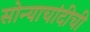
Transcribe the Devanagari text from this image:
सोन्याचांदीची